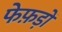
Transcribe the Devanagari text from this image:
फेफ़ड़ों